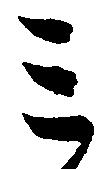
ミ